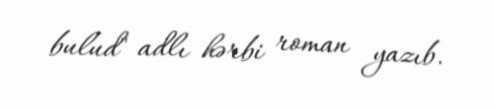
bulud" adlı hərbi roman yazıb.